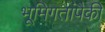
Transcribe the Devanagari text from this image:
भूमिगतांपैकी